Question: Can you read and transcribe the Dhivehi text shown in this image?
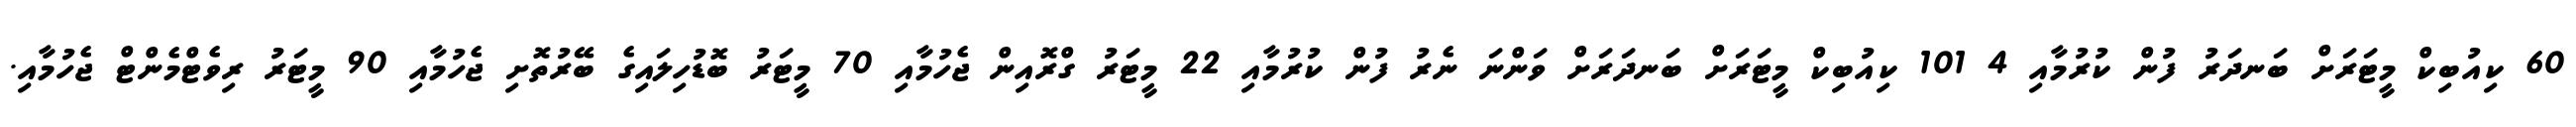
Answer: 60 ކިއުބިކް މީޓަރަށް ބަނދަރު ފުން ކުރުމާއި 4 101 ކިއުބިކް މީޓަރަށް ބަނދަރަށް ވަންނަ ނެރު ފުން ކުރުމާއި 22 މީޓަރު ގްރޮއިން ޖެހުމާއި 70 މީޓަރު ބޮޑުހިލައިގެ ބޭރުތޮށި ޖެހުމާއި 90 މީޓަރު ރިވެޓްމެންޓް ޖެހުމާއި.